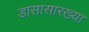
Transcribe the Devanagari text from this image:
डासासारख्या